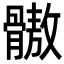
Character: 𩪕